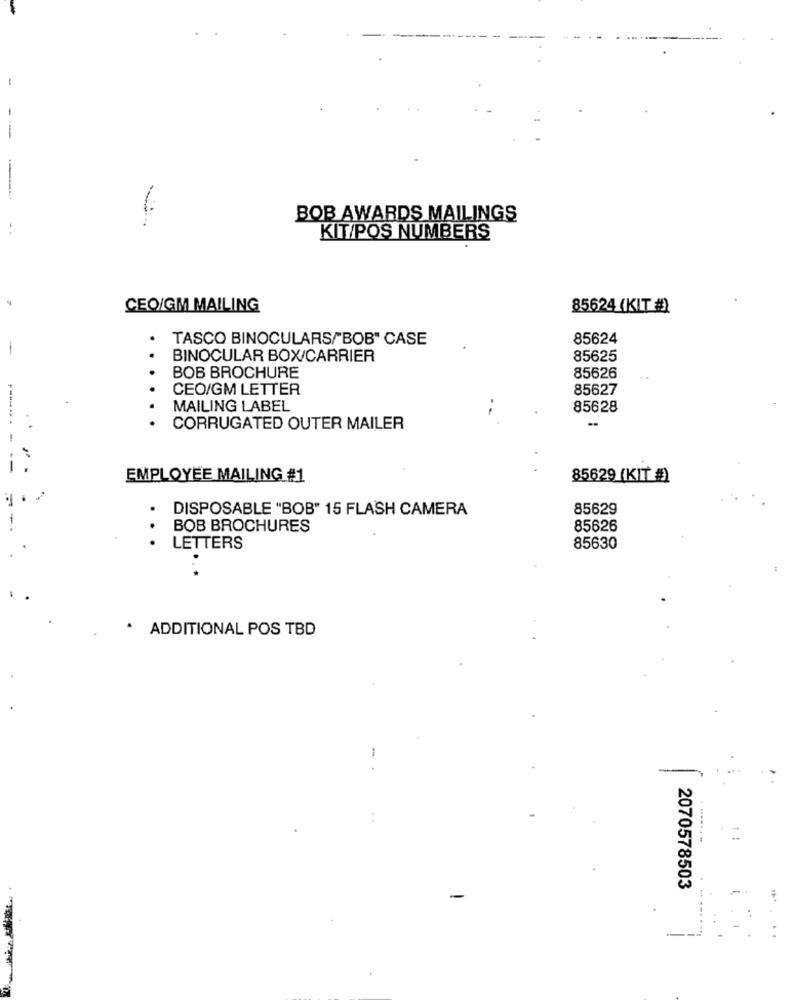
BOB AWARDS MAILINGS
KIT/POS NUMBERS
CEO/GM MAILING
85624 (KIT #)
TASCO BINOCULARS/BOB" CASE
85624
BINOCULAR BOX/CARRIER
85625
BOB BROCHURE
85626
CEO/GM LETTER
85627
MAILING LABEL
85628
. .
CORRUGATED OUTER MAILER
------- - --
" .
EMPLOYEE MAILING #1
85629 (KIT #)
DISPOSABLE "BOB" 15 FLASH CAMERA
85629
-
BOB BROCHURES
85626
...
LETTERS
85630
. ADDITIONAL POS TBD
-
-
=
......
2070578503
-